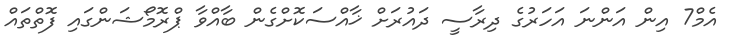
އެމް7 އިން އަންނަ އަހަރުގެ ދިރާސީ ދައުރަށް ޚާއްސަކޮށްގެން ބާއްވާ ޕްރޮމޯޝަންގައި ފޮތްތައް